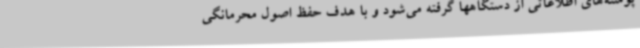
پوسته‌های اطلاعاتی از دستگاهها گرفته می‌شود و با هدف حفظ اصول محرمانگی